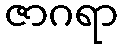
ဇာဂရာ